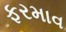
ફરમાવ